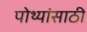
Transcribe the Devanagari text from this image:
पोथ्यांसाठी